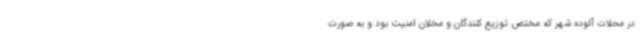
در محلات آلوده شهر که مختص توزیع کنندگان و مخلان امنیت بود و به صورت